Annual report on the mental hospital in the Central Provinces and Berar (Nagpur) - 1927-1951
Year: 1927
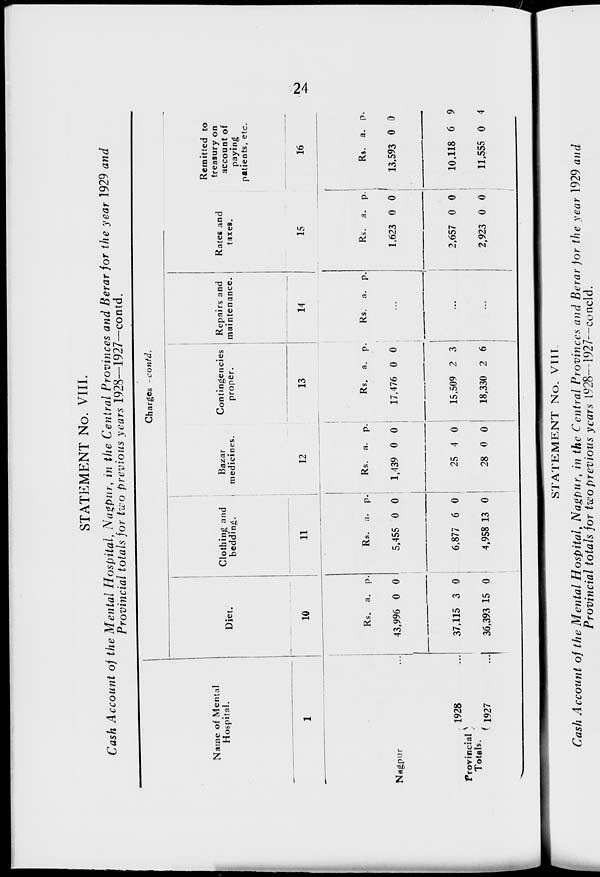
24
STATEMENT No. VIII.
Cash Account of the Mental Hospital, Nagpur, in the Central Provinces and Berar for the year 1929 and
Provincial totals for two previous years 1928—1927—contd.
Name of Mental
Hospital.
1
Nagpur ...
Provincial
Totals.
1928 ...
1927 ...
Charges -contd.
Diet.
10
Rs.
43,996
37,115
36,393
a.
0
3
15
p.
0
0
0
Clothing and
bedding.
11
Rs.
5,455
6,877
4,958
a.
0
6
13
p.
0
0
0
Bazar
medicines.
12
Rs.
1,439
25
28
a.
0
4
0
p.
0
0
0
Contingencies
proper.
13
Rs.
17,476
15,509
18,330
a.
0
2
2
p.
0
3
6
Repairs and
maintenance.
14
Rs. a. p.
...
...
...
Rates and
taxes.
15
Rs.
1,623
2,657
2,923
a.
0
0
0
p.
0
0
0
Remitted to
treasury on
account of
paying
patients, etc.
16
Rs.
13,593
10,118
11,555
a.
0
6
0
p.
0
9
4